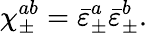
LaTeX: \chi_{\pm}^{ab}=\bar{\varepsilon}_{\pm}^{a}\bar{\varepsilon}_{\pm}^{b}.